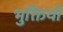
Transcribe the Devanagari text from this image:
भुक्तियाँ